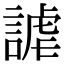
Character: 謔